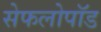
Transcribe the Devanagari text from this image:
सेफलोपॉड